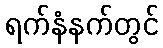
ရက်နံနက်တွင်